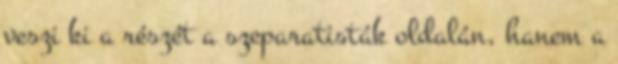
veszi ki a részét a szeparatisták oldalán, hanem a